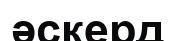
әскерд